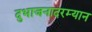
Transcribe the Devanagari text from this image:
दुभाजनादरम्यान